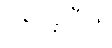
ရေးခဲ့ပြီး)။